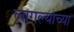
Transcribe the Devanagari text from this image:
लागल्याच्या